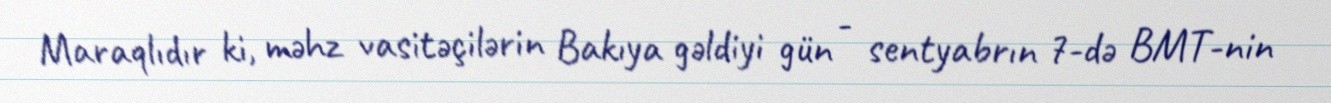
Maraqlıdır ki, məhz vasitəçilərin Bakıya gəldiyi gün - sentyabrın 7-də BMT-nin